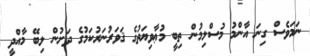
ނަމަވެސް ގިނަ އާންމު މުސްލިމުން ތިބީ މުޢާވިޔަތުގެ ޤަވަރުނަރުކަމުގެ ދަށުން ލިބޭ މާއްދީ